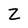
Character: Z